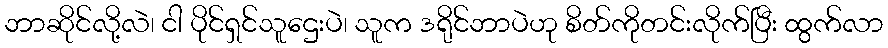
ဘာဆိုင်လို့လဲ၊ ငါ ပိုင်ရှင်သူဌေးပဲ၊ သူက ဒရိုင်ဘာပဲဟု စိတ်ကိုတင်းလိုက်ပြီး ထွက်လာ